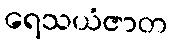
ရေသယံဇာတ